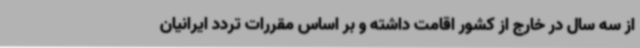
از سه سال در خارج از کشور اقامت داشته و بر اساس مقررات تردد ایرانیان